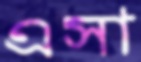
এসা